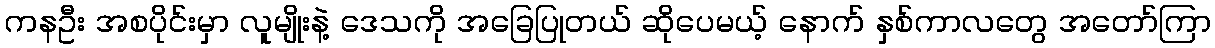
ကနဦး အစပိုင်းမှာ လူမျိုးနဲ့ ဒေသကို အခြေပြုတယ် ဆိုပေမယ့် နောက် နှစ်ကာလတွေ အတော်ကြာ